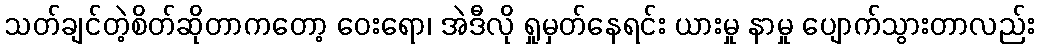
သတ်ချင်တဲ့စိတ်ဆိုတာကတော့ ဝေးရော၊ အဲဒီလို ရှုမှတ်နေရင်း ယားမှု နာမှု ပျောက်သွားတာလည်း